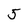
Character: 5